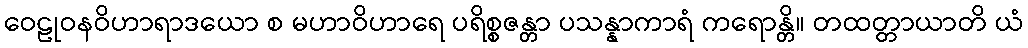
ဝေဠုဝနဝိဟာရာဒယော စ မဟာဝိဟာရေ ပရိစ္စဇန္တာ ပသန္နာကာရံ ကရောန္တိ။ တထတ္တာယာတိ ယံ